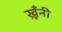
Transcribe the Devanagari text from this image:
ख़ूँनी